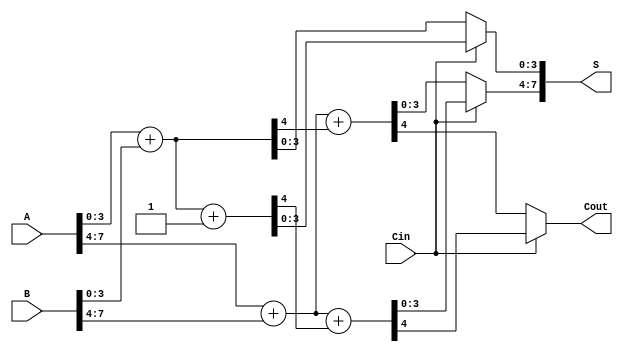
module carry_select_adder(
    input [7:0] A,     // 8-bit input A
    input [7:0] B,     // 8-bit input B
    input Cin,         // Carry-in
    output [7:0] S,    // 8-bit Sum output
    output Cout        // Carry-out
);
  
    wire [3:0] S0_0, S1_0, S0_1, S1_1; // Sums for both segments
    wire C0_0, C1_0, C0_1, C1_1;       // Carry-out for both segments

    // First 4-bit Block (A[3:0] + B[3:0])
    assign {C0_0, S0_0} = A[3:0] + B[3:0];        // Sum assuming Carry-in = 0
    assign {C1_0, S1_0} = A[3:0] + B[3:0] + 1'b1; // Sum assuming Carry-in = 1

    // Second 4-bit Block (A[7:4] + B[7:4] + carry from the first block)
    assign {C0_1, S0_1} = A[7:4] + B[7:4] + C0_0; // Sum assuming Carry-in = C0_0
    assign {C1_1, S1_1} = A[7:4] + B[7:4] + C1_0; // Sum assuming Carry-in = C1_0

    // Select the output based on the original Cin
    assign S[3:0] = Cin ? S1_0 : S0_0;      // Select from first block's sums
    assign S[7:4] = Cin ? S1_1 : S0_1;      // Select from second block's sums

    // Determine final carry-out
    assign Cout = Cin ? C1_1 : C0_1;        // Select carry-out based on Cin

endmodule